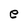
Character: e